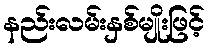
နည်းလမ်းနှစ်မျိုးဖြင့်